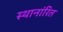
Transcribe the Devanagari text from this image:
स्थानांरित